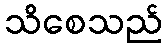
သိစေသည်